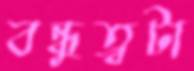
বন্ধুত্বটা